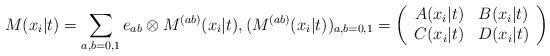
LaTeX: \begin{align*}M(x_i|t)=\sum_{a,b=0,1}e_{ab}\otimes M^{(ab)}(x_i|t),(M^{(ab)}(x_i|t))_{a,b=0,1}=\left( \begin{array}{cc}A(x_{i}|t) & B(x_{i}|t) \\ C(x_{i}|t) & D(x_{i}|t)\end{array}\right) \end{align*}